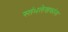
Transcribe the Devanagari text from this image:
स्तंभलेखकांना